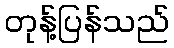
တုန့်ပြန်သည်